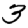
Digit: 3